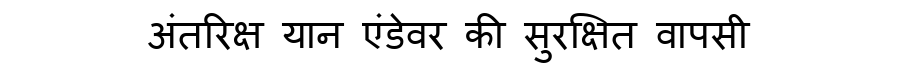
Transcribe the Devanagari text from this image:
अंतरिक्ष यान एंडेवर की सुरक्षित वापसी